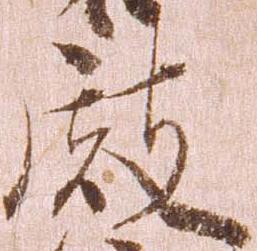
殿